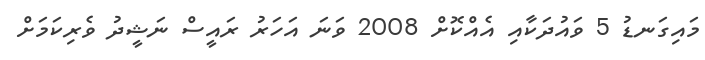
މައިގަނޑު 5 ވައުދަކާއި އެއްކޮށް 2008 ވަނަ އަހަރު ރައީސް ނަޝީދު ވެރިކަމަށް